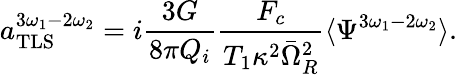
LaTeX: a_{\mathrm{TLS}}^{3\omega_{1}-2\omega_{2}}=i\frac{3G}{8\pi Q_{i}}\frac{F_{c}}{T_{1}\kappa^{2}\bar{\Omega}_{R}^{2}}\langle\Psi^{3\omega_{1}-2\omega_{2}}\rangle.